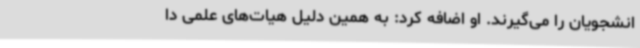
انشجویان را می‌گیرند. او اضافه کرد: به همین دلیل هیات‌های علمی دا